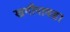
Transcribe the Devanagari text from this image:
खगीपावड़ा